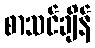
စာသင်ချိန်